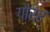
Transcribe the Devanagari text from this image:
गौरेर